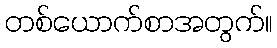
တစ်ယောက်စာအတွက်။